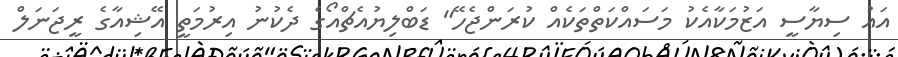
އައު ސިޔާސީ އަޒުމަކާއެކު މަސައްކަތްތަކެއް ކުރަންޖެހޭ" ޑަބްލިޔުއެޗްއޯގެ ދެކުނު އިރުމަތީ އޭޝިއާގެ ރީޖަނަލް